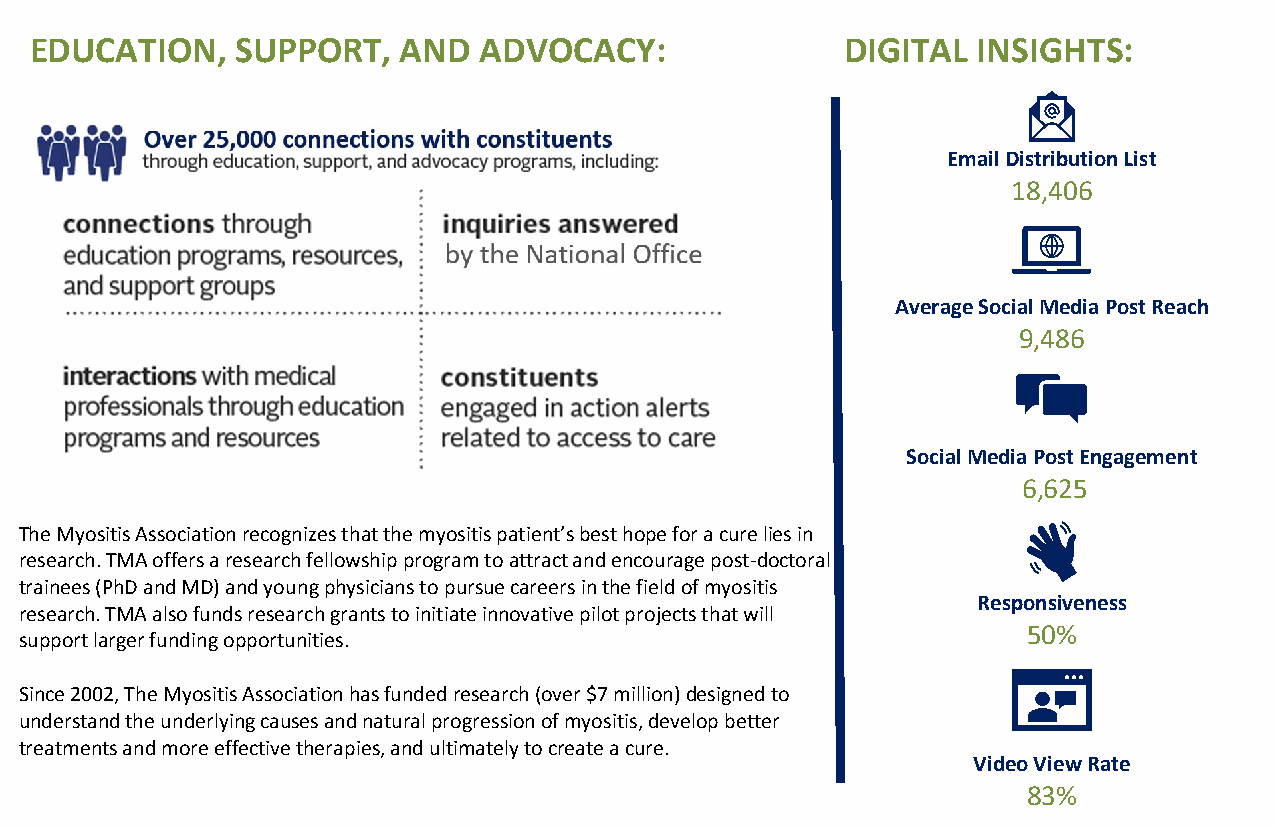
EDUCATION,    SUPPORT,   AND  ADVOCACY:               DIGITAL  INSIGHTS:
 Email Distribution List
 18,406
 Average Social Media Post Reach
 9,486
 Social Media Post Engagement
 RESEARCH:
 6,625
 The Myositis Association recognizes that the myositis patient’s best hope for a cure lies in
 research. TMA offers a research fellowship program to attract and encourage post-doctoral
 trainees (PhD and MD) and young physicians to pursue careers in the field of myositis
 Responsiveness
 research. TMA also funds research grants to initiate innovative pilot projects that will
 50%
 support larger funding opportunities.
 Since 2002, The Myositis Association has funded research (over $7 million) designed to
 understand the underlying causes and natural progression of myositis, develop better
 treatments and more effective therapies, and ultimately to create a cure.
 Video View Rate
 83%